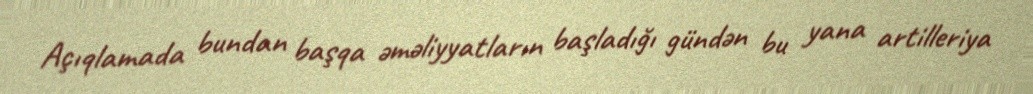
Açıqlamada bundan başqa əməliyyatların başladığı gündən bu yana artilleriya